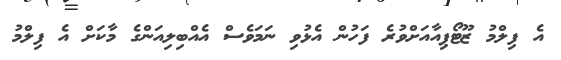
އެ ފިލްމު ޒޫޓޯޕިއާއަށްވުރެ ފަހުން އެޅުވި ނަމަވެސް އެއްބިލިއަންގެ މާކަށް އެ ފިލްމު